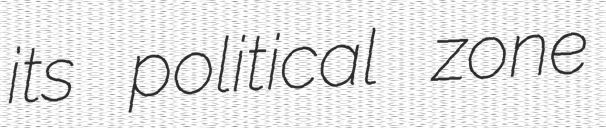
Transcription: its political zone